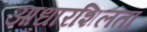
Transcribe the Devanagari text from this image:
आधारशिलता